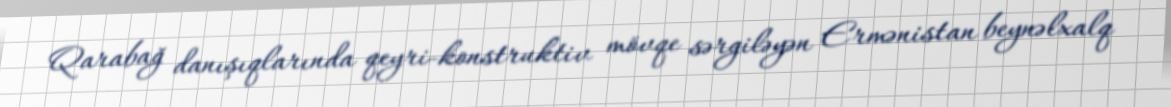
Qarabağ danışıqlarında qeyri-konstruktiv mövqe sərgiləyən Ermənistan beynəlxalq